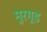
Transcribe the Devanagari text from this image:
मुरगूड